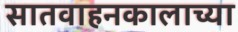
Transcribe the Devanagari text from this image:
सातवाहनकालाच्या